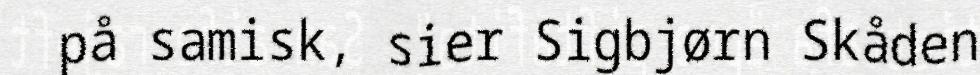
på samisk, sier Sigbjørn Skåden